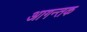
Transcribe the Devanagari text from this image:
आगन्तक